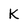
Character: K